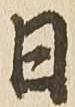
日